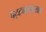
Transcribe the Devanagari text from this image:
पट्ट्यासारखाच